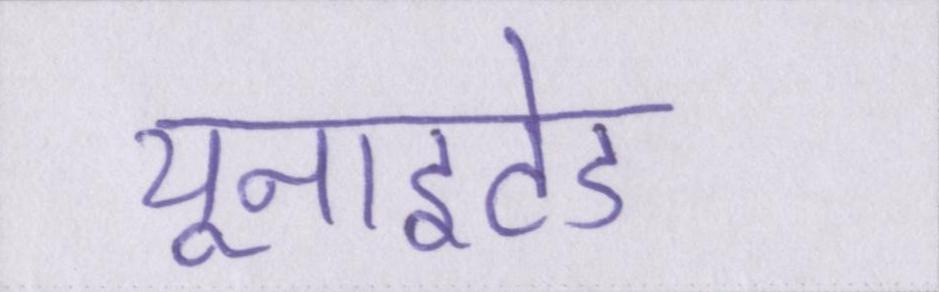
यूनाइटेड